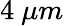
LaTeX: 4~\mu m